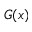
G ( x )